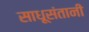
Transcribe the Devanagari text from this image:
साधूसंतानी